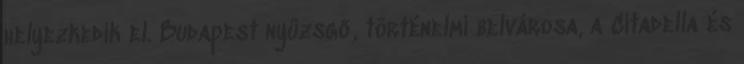
helyezkedik el. Budapest nyüzsgő, történelmi belvárosa, a Citadella és